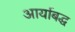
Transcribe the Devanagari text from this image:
आर्याबद्ध